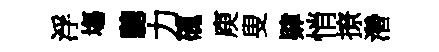
浮塲驄力磈庾叟肄悄撩濳